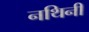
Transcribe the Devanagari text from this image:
नथिनी